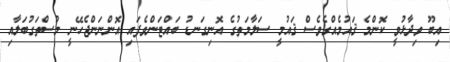
އިބޫ ވިދާޅުވީ ކޮންމެ ޤައުމެއްގެވެސް ޤައުމީ ސަލާމަތުގެ އޮނިގަނޑު ބައްޓަންވެފައި އޮންނަންޖެހޭނީ މުސްތަގުބަލާއި